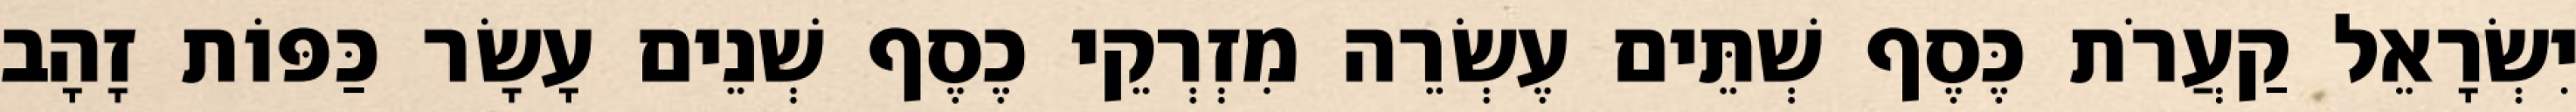
יִשְׂרָאֵל קַעֲרֹת כֶּסֶף שְׁתֵּים עֶשְׂרֵה מִזְרְקֵי כֶסֶף שְׁנֵים עָשָׂר כַּפּוֹת זָהָב